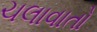
ચલાવાતો